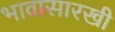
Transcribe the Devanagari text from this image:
भावासारखी